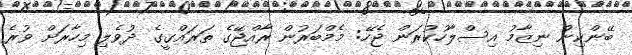
ބޭންކިން ނިޒާމު އިސްލާހުކުރަން ޖެހޭ: މެމްބަރުން ރާއްޖޭގެ ތަރައްގީގެ ދުވެލި މިހާރަށް ވުރެ